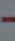
-